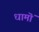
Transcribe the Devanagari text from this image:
धामॊं